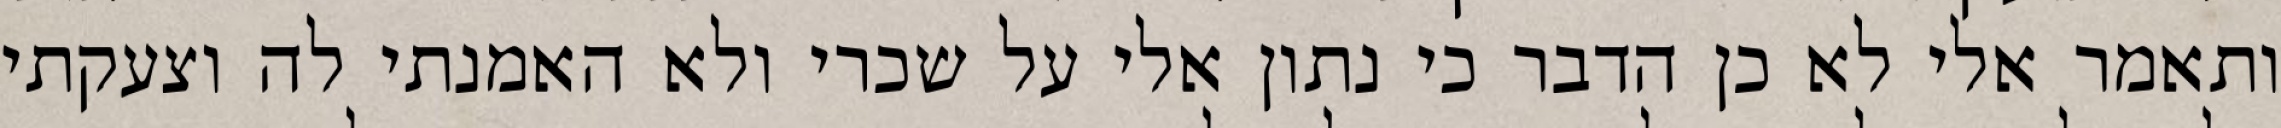
ותאמר אלי לא כן הדבר כי נתון אלי על שכרי ולא האמנתי לה וצעקתי